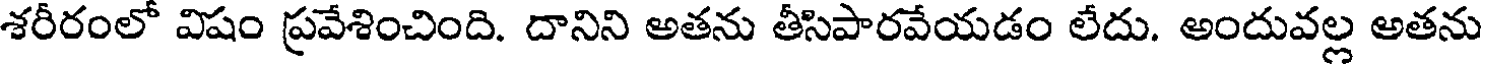
శరీరంలో విషం ప్రవేశించింది. దానిని అతను తీసిపారవేయడం లేదు. అందువల్ల అతను